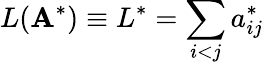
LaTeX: L(\mathbf{A}^{*})\equiv L^{*}=\sum_{i<j}a_{ij}^{*}